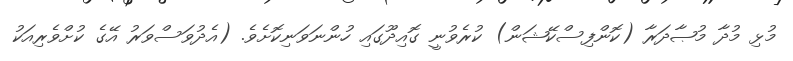
މުޅި މުދާ މުޞާދަރާ (ކޮންފިސްކޭޝަން) ކުރެވުނީ ގޮއިދޫގައި ހުންނަވަނިކޮށެވެ. (އެދުވަސްވަރު އޭގެ ކުށްވެރިއަކު